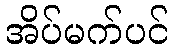
အိပ်မက်ပင်